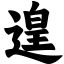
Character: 遑